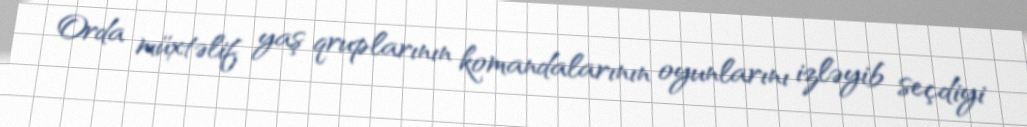
Orda müxtəlif yaş qruplarının komandalarının oyunlarını izləyib seçdiyi